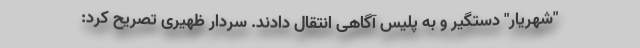
"شهریار" دستگیر و به پلیس آگاهی انتقال دادند. سردار ظهیری تصریح کرد: